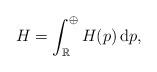
LaTeX: \begin{align*} H = \int^\oplus_\mathbb{R} H(p)\,\mathrm{d}p,\end{align*}